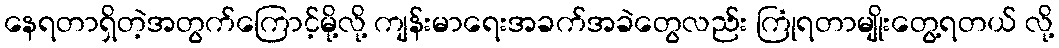
နေရတာရှိတဲ့အတွက်ကြောင့်မို့လို့ ကျန်းမာရေးအခက်အခဲတွေလည်း ကြုံရတာမျိုးတွေ့ရတယ် လို့